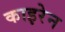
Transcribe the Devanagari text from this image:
काइरेन